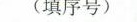
(填序号)